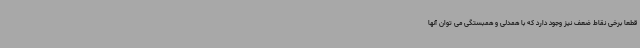
قطعا برخی نقاط ضعف نیز وجود دارد که با همدلی و همبستگی می توان آنها